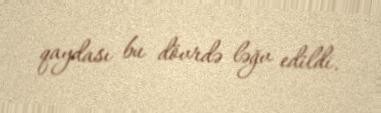
qaydası bu dövrdə ləğv edildi.